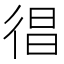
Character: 𢔒